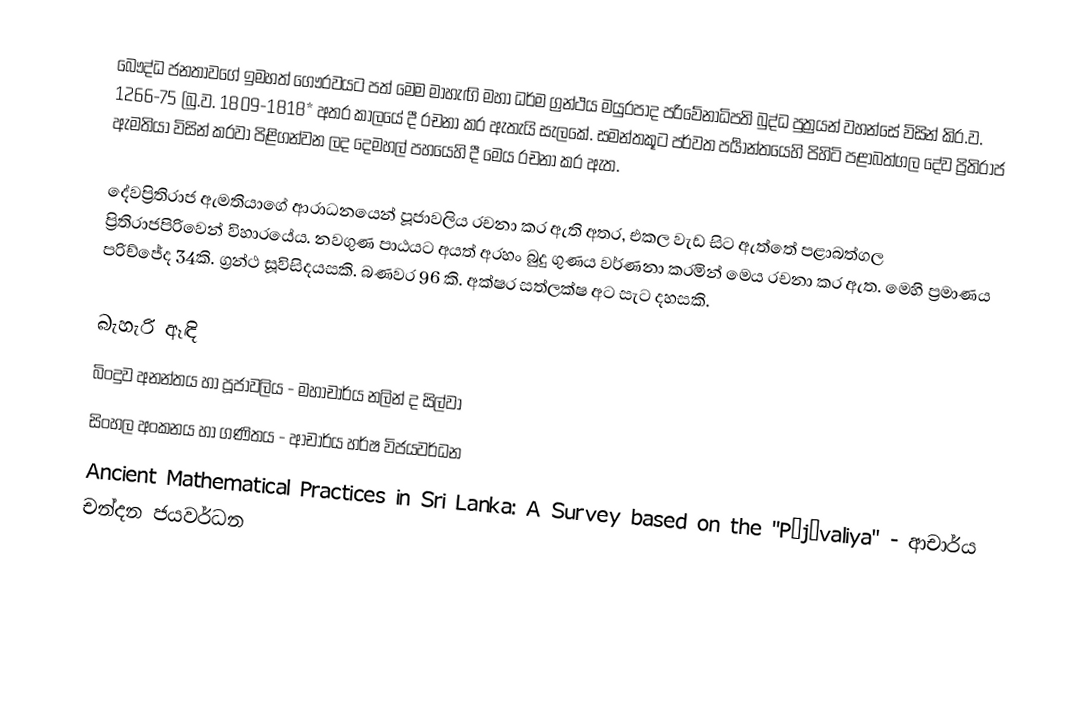
බෞද්ධ ජනතාවගේ ඉමහත් ගෞරවයට පත් මෙම මාහැඟි මහා ධර්ම ග්‍රන්ථය මයුරපාද පරිවේනාධිපති බුද්ධ පුත්‍රයන් වහන්සේ විසින් කි‍්‍ර.ව. 1266-75 (බු.ව. 1809-1818* අතර කාලයේ දී රචනා කර ඇතැයි සැලකේ.  සමන්තකූට පර්වත පර්‍යාන්තයෙහි පිහිටි පළාබත්ගල දේව ප්‍රිතිරාජ ඇමතියා විසින් කරවා පිළිගන්වන ලද ‍දෙමහල් පහයෙහි දී මෙය රචනා කර ඇත.

දේවප්‍රිතිරාජ ඇමතියාගේ ආරාධනයෙන් පූජාවලිය රචනා කර ඇති අතර, එකල වැඩ සිට ඇත්තේ පළාබත්ගල ප්‍රිතිරාජපිරිවෙන් විහාරයේය. නවගුණ පාඨයට අයත් අරහං බුදු ගුණය වර්ණනා කරමින් මෙය රචනා කර ඇත.  මෙහි ප්‍රමාණය පරිච්ජේද 34කි. ග්‍රන්ථ සූවිසිදයසකි. බණවර 96 කි. අක්ෂර සත්ලක්ෂ අට සැ‍ට දහසකි.

බැහැරි ඈඳි
 බිංදුව අනන්තය හා පූජාවලිය - මහාචාර්ය නලින් ද සිල්වා
 සිංහල අංකනය හා ගණිතය - ආචාර්ය හර්ෂ විජයවර්ධන
 Ancient Mathematical Practices in Sri Lanka: A Survey based on the "Pūjāvaliya" - ආචාර්ය චන්දන ජයවර්ධන